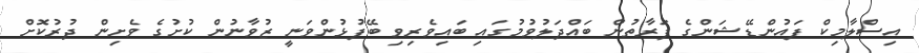
އިސްލާމިކް ފައުންޑޭޝަންގެ ފަރާތުން ބައްދަލުވުމުގައި ބައިވެރިވި ބޭފުޅުންވަނީ ޒުވާނުން ކުށުގެ ވެށިން ދުރުކޮށް